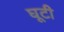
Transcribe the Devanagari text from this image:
घूटी